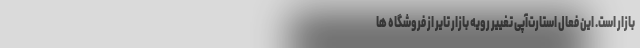
بازار است. این فعال استارت‌آپی تغییر رویه بازار تایر از فروشگاه ها